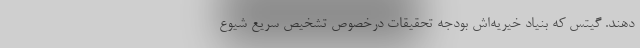
دهند. گیتس که بنیاد خیریه‌اش بودجه تحقیقات درخصوص تشخیص سریع شیوع